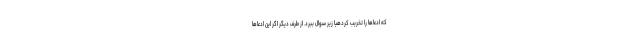
که ادعاها را تخریب کردهیا زیر سوال ببرد. از طرف دیگر اگر این ادعاها